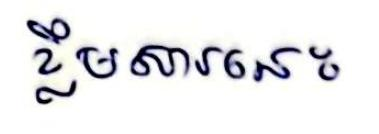
ខ្លឹមសារនេះ